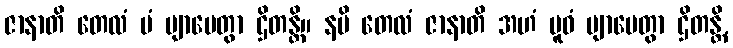
ဇာနာတိ တေလံ မံ ဗျာပေတွာ ဌိတန္တိ။ နပိ တေလံ ဇာနာတိ အဟံ ပူဝံ ဗျာပေတွာ ဌိတန္တိ,